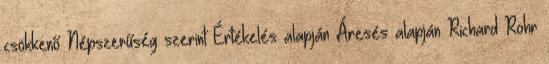
csökkenő Népszerűség szerint Értékelés alapján Áresés alapján Richard Rohr